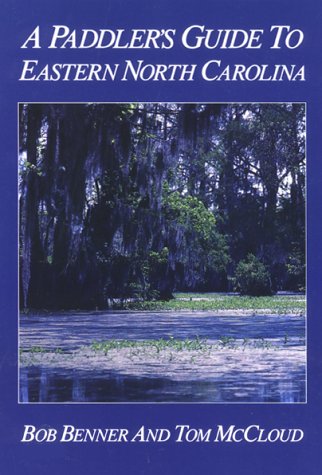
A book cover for A Paddler's Guide to Eastern North Carolina; Bob Benner; Travel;